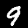
Digit: 9